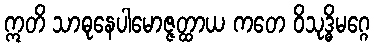
ဣတိ သာဓုနေပါမောဇ္ဇတ္ထာယ ကတေ ဝိသုဒ္ဓိမဂ္ဂေ